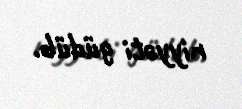
niyyəti güdüb.